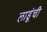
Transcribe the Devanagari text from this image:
लाडूंची